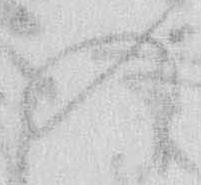
の